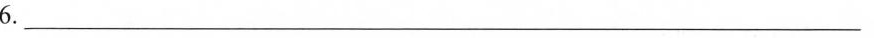
6.___